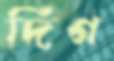
দিগ